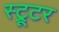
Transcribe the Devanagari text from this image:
स्ट्रूटर